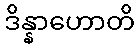
ဒိန္နာဟောတိ